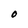
Character: O